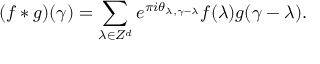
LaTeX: ( f * g ) ( \gamma ) = \sum _ { \lambda \in Z ^ { d } } e ^ { \pi i \theta _ { \lambda , \gamma - \lambda } } f ( \lambda ) g ( \gamma - \lambda ) .